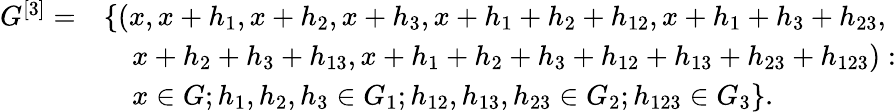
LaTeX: \begin{array}{rl}{G^{[3]}=}&{\{ (x,x+h_{1},x+h_{2},x+h_{3},x+h_{1}+h_{2}+h_{12},x+h_{1}+h_{3}+h_{23},}\\ &{\quad x+h_{2}+h_{3}+h_{13},x+h_{1}+h_{2}+h_{3}+h_{12}+h_{13}+h_{23}+h_{123}):}\\ &{\quad x\in G;h_{1},h_{2},h_{3}\in G_{1};h_{12},h_{13},h_{23}\in G_{2};h_{123}\in G_{3}\} .}\end{array}